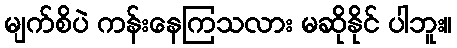
မျက်စိပဲ ကန်းနေကြသလား မဆိုနိုင် ပါဘူး။